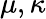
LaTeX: \mu,\kappa